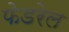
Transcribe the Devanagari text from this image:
फेडरेल